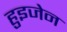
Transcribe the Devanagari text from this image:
हुइजेन